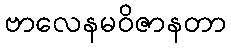
ဗာလေနမဝိဇာနတာ